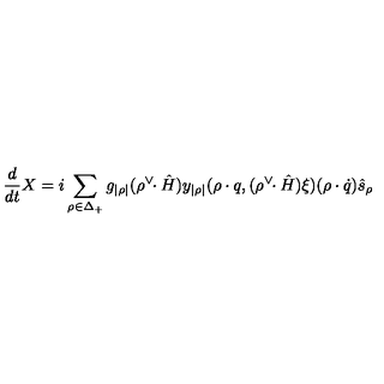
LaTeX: { \frac { d } { d t } } X = i \sum _ { \rho \in \Delta _ { + } } g _ { | \rho | } ( \rho ^ { \vee } \! \! \cdot \hat { H } ) y _ { | \rho | } ( \rho \cdot q , ( \rho ^ { \vee } \! \! \cdot \hat { H } ) \xi ) ( \rho \cdot \dot { q } ) \hat { s } _ { \rho }